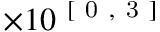
\times 1 0 ^ { \mathrm { ~ [ ~ 0 ~ , ~ 3 ~ ] ~ } }